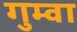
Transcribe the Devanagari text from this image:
गुम्वा